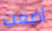
أضعت